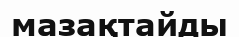
мазақтайды